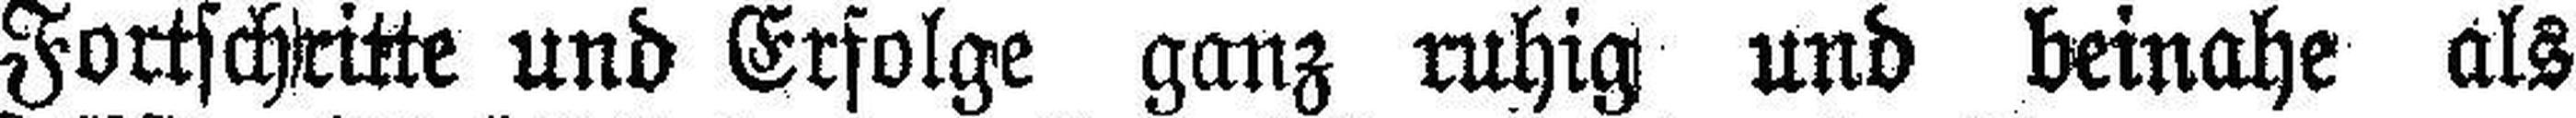
Fortschritte und Erfolge ganz ruhig und beinahe als